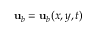
\mathbf { u } _ { b } = \mathbf { u } _ { b } ( x , y , t )